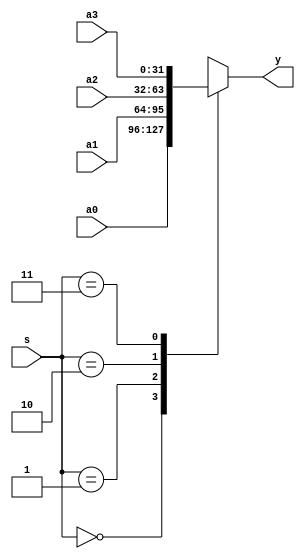
`timescale 1ns / 1ps
//////////////////////////////////////////////////////////////////////////////////
// Company: 
// Engineer: 
// 
// Design Name: 
// Module Name:    select_four_one 
// Project Name: 
// Target Devices: 
// Tool versions: 
// Description: 
//
// Dependencies: 
//
// Revision: 
// Revision 0.01 - File Created
// Additional Comments: 
//
//////////////////////////////////////////////////////////////////////////////////
module select_four_one(
	 input [31:0] a0,
    input [31:0] a1,
    input [31:0] a2,
    input [31:0] a3,
    input [1:0] s,
    output reg [31:0] y
    );
	 always@(a0,a1,a2,a3,s)
	 begin
	 case(s)
	     2'b00: y=a0;
		  2'b01: y=a1;
		  2'b10: y=a2;
		  2'b11: y=a3;
	 endcase
	 end
	 


endmodule